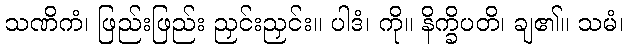
သဏိကံ၊ ဖြည်းဖြည်း ညှင်းညှင်း။ ပါဒံ၊ ကို။ နိက္ခိပတိ၊ ချ၏။ သမံ၊